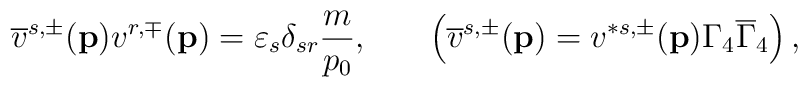
\overline{v}^{s,\pm }(\mathbf{p})v^{r,\mp}(\mathbf{p})=\varepsilon _s\delta _{sr}\frac m{p_0} ,\hspace{0.3in}\left( \overline{v}^{s,\pm }(\mathbf{p} )=v^{*s,\pm}(\mathbf{p})\Gamma _4\overline{\Gamma }_4\right) ,